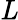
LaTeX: \mathit{L}